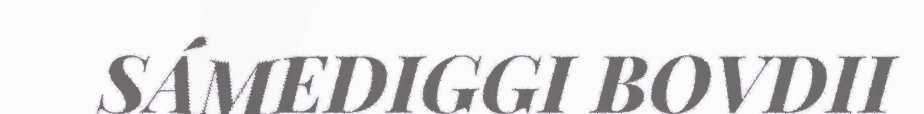
SÁMEDIGGI BOVDII